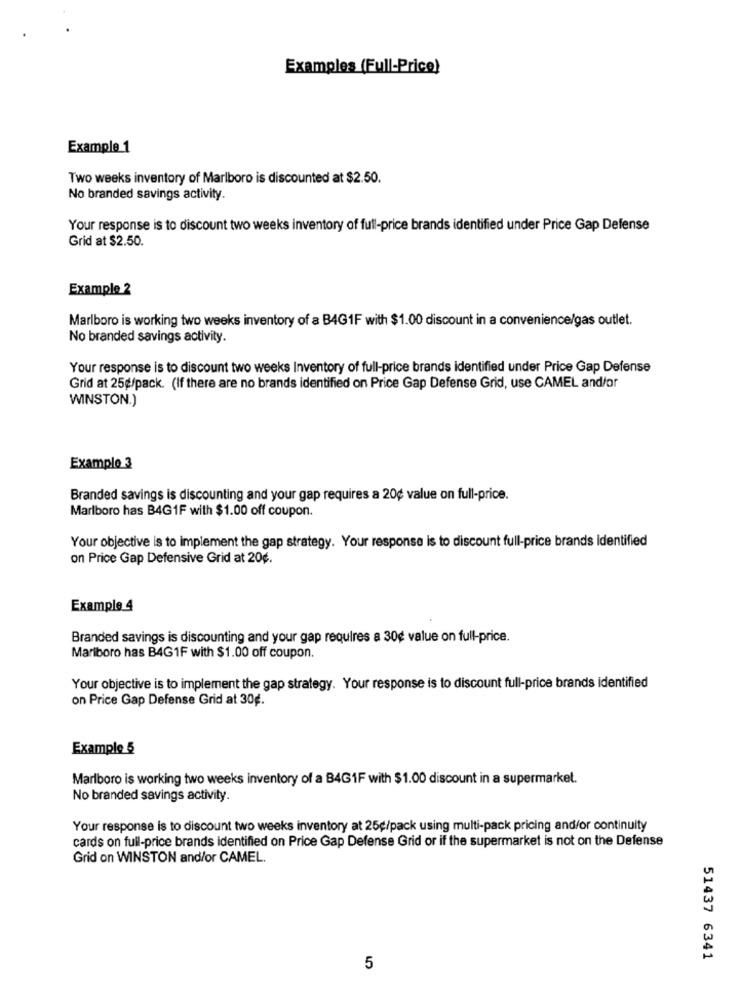
Examples (Full-Price)
Example_1
Two weeks inventory of Marlboro is discounted at $2.50.
No branded savings activity.
Your response is to discount two weeks inventory of full-price brands identified under Price Gap Defense
Grid at $2.50.
Example 2
Marlboro is working two weeks inventory of a B4G1F with $1.00 discount in a convenience/gas outlet.
No branded savings activity.
Your response is to discount two weeks Inventory of full-price brands identified under Price Gap Defense
Grid at 25g/pack. (If there are no brands identified on Price Gap Defense Grid, use CAMEL and/or
WINSTON.)
Example 3
Branded savings is discounting and your gap requires a 20¢ value on full-price.
Marlboro has B4G1F with $1.00 off coupon.
Your objective is to implement the gap strategy. Your response is to discount full-price brands Identified
on Price Gap Defensive Grid at 20¢.
Example 4
Branded savings is discounting and your gap requires a 30¢ value on full-price.
Mariboro has B4G1F with $1.00 off coupon.
Your objective is to implement the gap strategy. Your response is to discount full-price brands identified
on Price Gap Defense Grid at 30g.
Example 5
Marlboro is working two weeks inventory of a B4G1F with $1.00 discount in a supermarket.
No branded savings activity.
Your response is to discount two weeks inventory at 25¢/pack using multi-pack pricing and/or continuity
cards on full-price brands Identified on Price Gap Defense Grid or if the supermarket is not on the Defense
Grid on WINSTON and/or CAMEL.
51437 6341
5